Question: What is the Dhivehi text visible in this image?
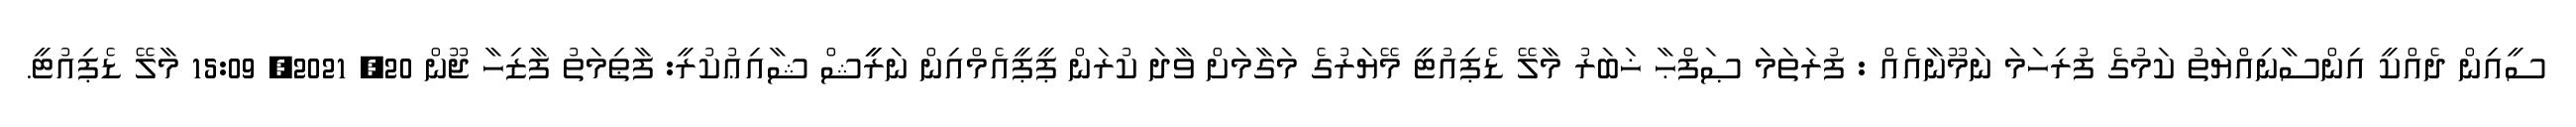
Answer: ސީއިން ދެއްކީ އިންސާނިއްޔަތު ކަމުގެ ފުރިހަމަ ނަމޫނާއެއް : ފުރަތަމަ ޞަފްޙާ ޚަބަރު މާލޭ ޑެޕިއުޓީ މޭޔަރުގެ މަގާމަށް ވާދަ ކުރަން ޕީޕީއެމްއިން ނަރީީޝް ޝާއިޢުކުރީ: ފާޠިމަތު ފާޒިހާ ޖޫން 20, 2021, 15:09 މާލޭ ޑެޕިއުޓީ.